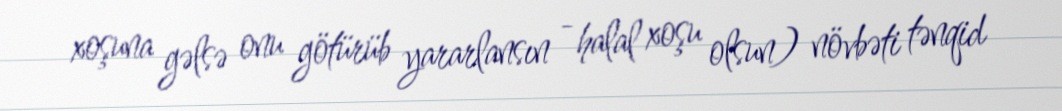
xoşuna gəlsə onu götürüb yararlansın - halal xoşu olsun) növbəti tənqid